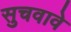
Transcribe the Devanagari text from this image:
सुचवावे